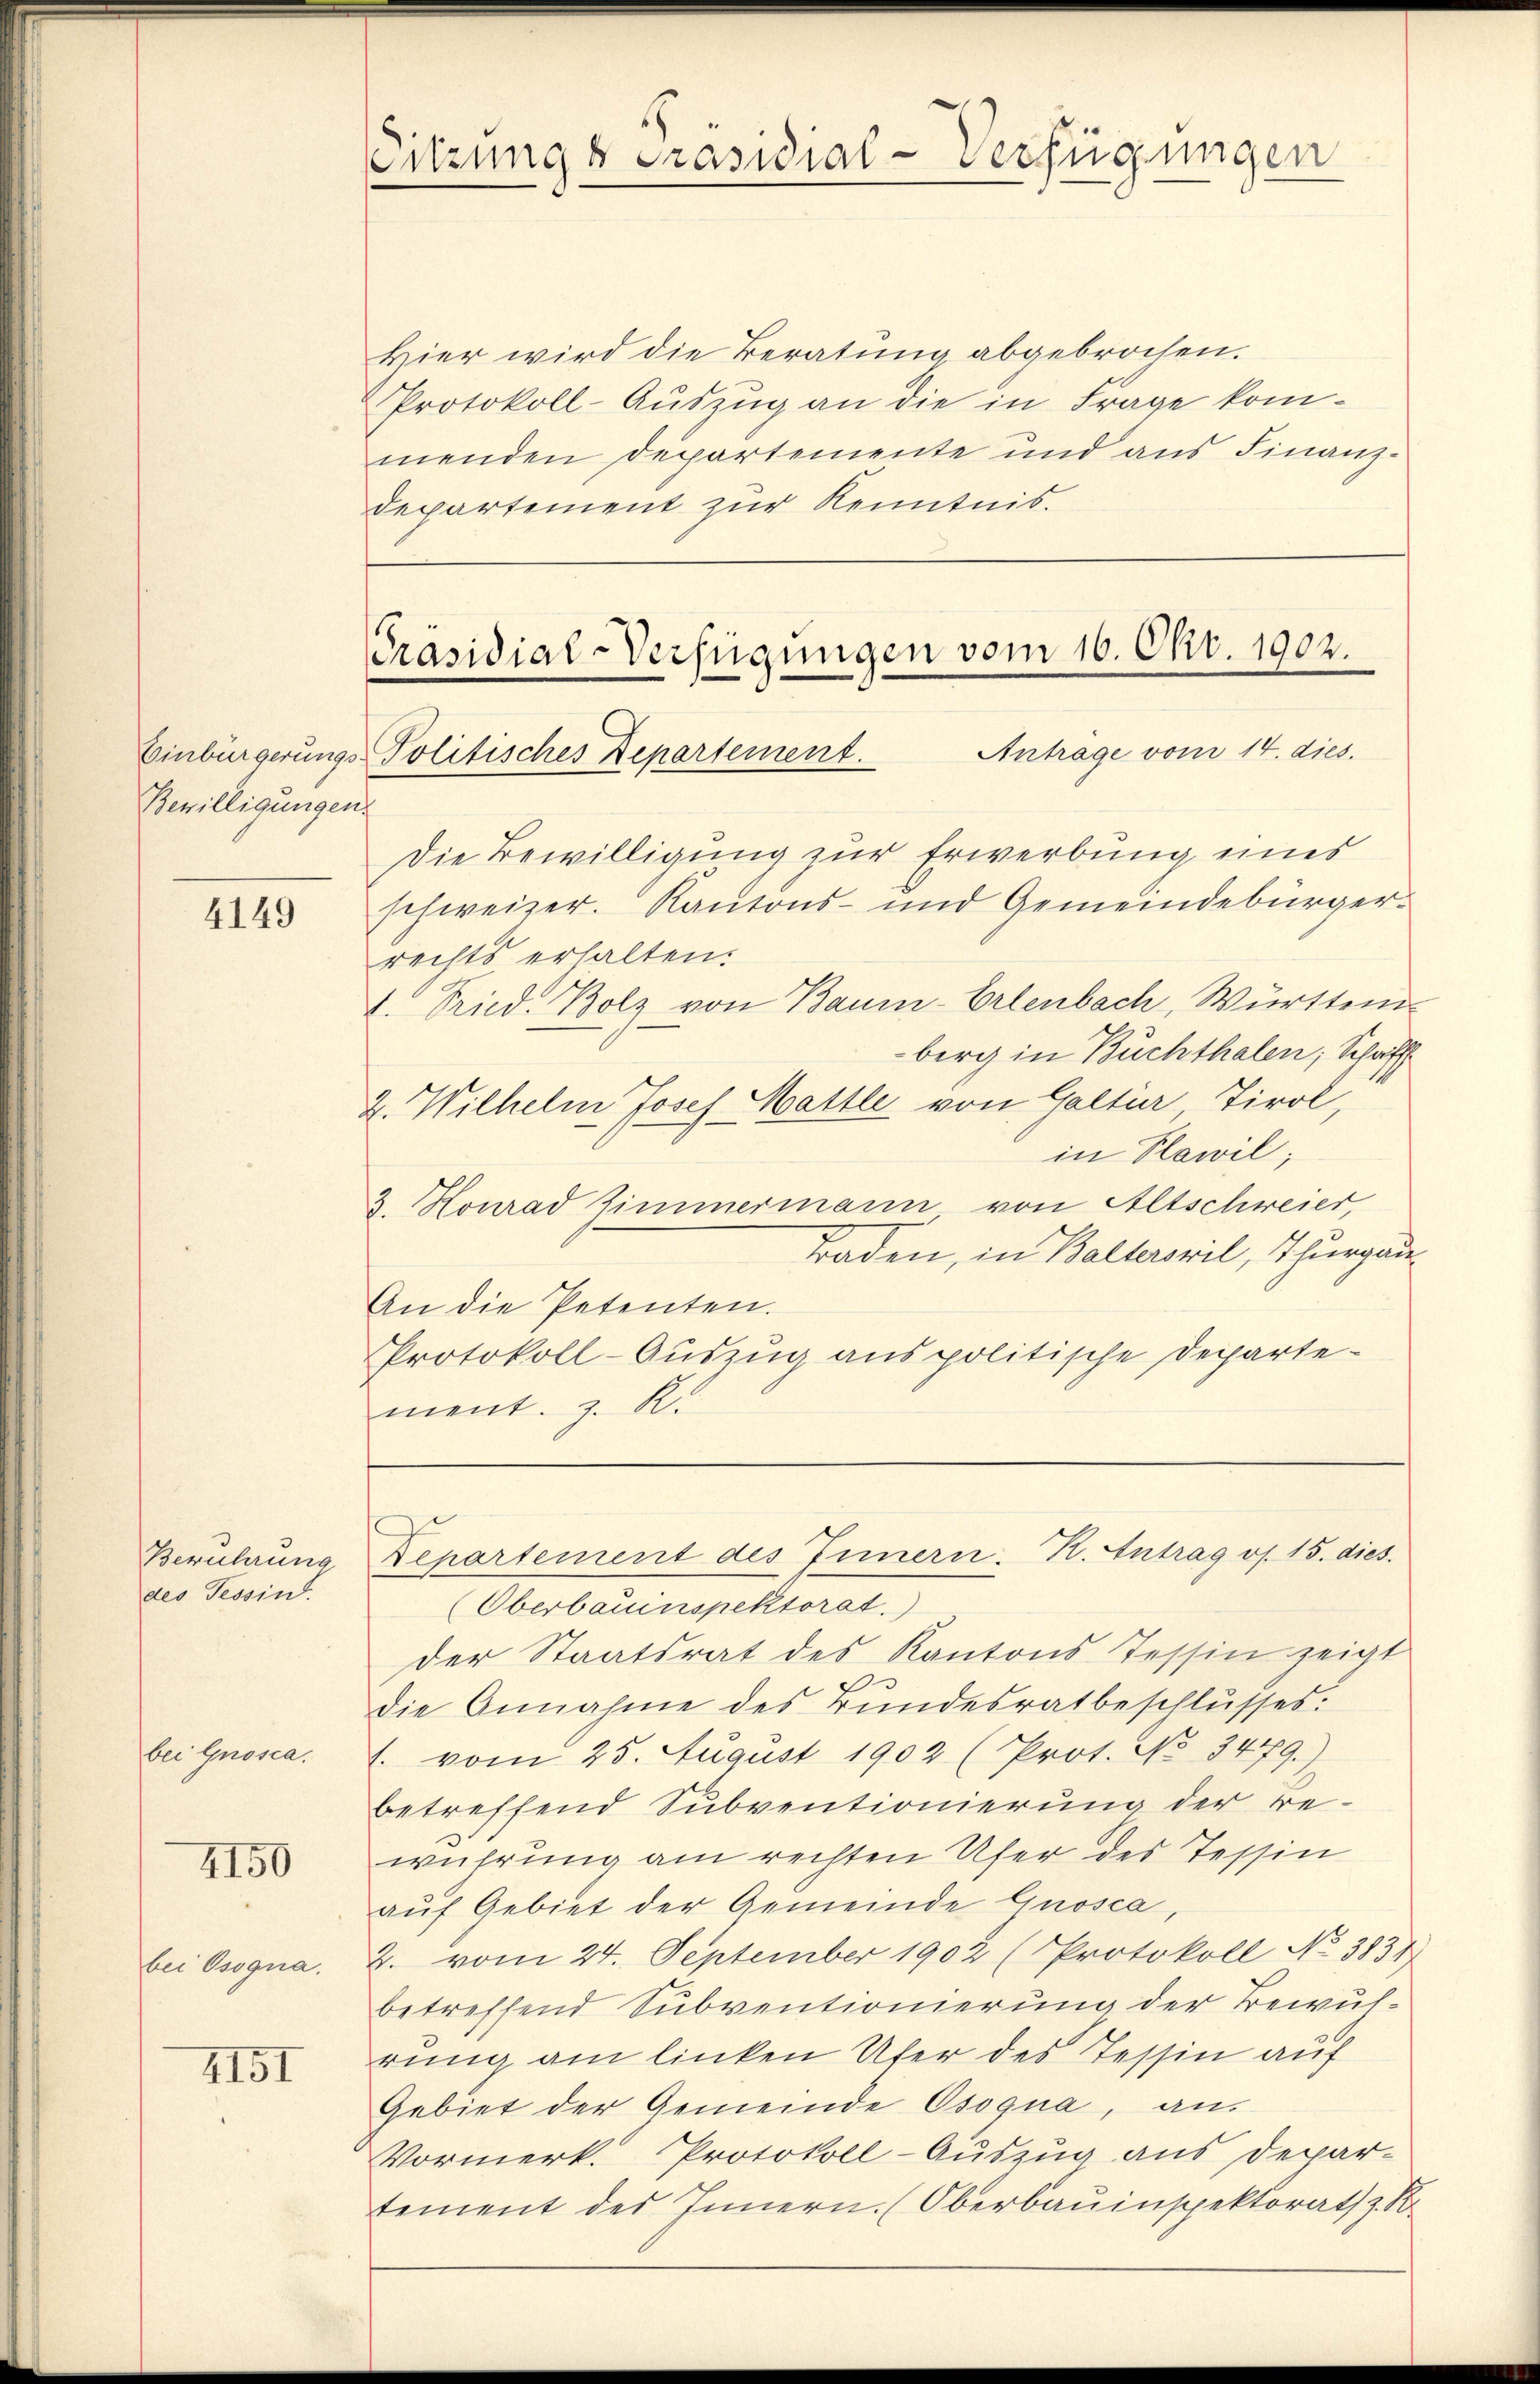
Bewilligungen.

4149

Berührung
des Tessin

bei Gnosca.

4150

bei Osogna.

4151

Hier wird die Beratung abgebrochen.
Protokoll-Auszug an die in Frage kommenden Departemente und aus Finanz-
Departement zur Kenntnis.

Eitzungs Präsidial-Verfügungen

Präsidial-Verfügungen vom 16. Okt. 1902.
Einbürgerungs-Politisches Departement. Antrage vom 14. dies.

Die Bewilligung zur Erwerbung eines
schweizer. Kantons- und Gemeindebürgerrechts erhalten.
V. Tried. Bolz von Baum-Erlenbach, Württemberg in Buchthalen; Schaffh
2. Wilhelm Josef Mattle von Galtier, Tirol,
in Plawil;
3. Konrad Zimmermann von Altschweier,
Traden, in Balterswil, Thurgaue
An die Petenten.
Protokoll-Auszug aus politische Departement. z. R.
Departement des Innern. K. Antrag os. 15. dies
Oberbauenspektorat.)
der Staatsrat des Kantons Tessin zeigt
die Annahme des Bundesratbeschlŭsses.
E. vom 25. August 1902 (Prot. No 3479.)
betreffend Subventionierung der rewuhrung am rechten Ufer des Tessin
auf Gebiet der Gemeinde Grosca,
2. vom 24. September 1902 (Protokoll No 3834)
betreffend Subventionierung der Bewulrung am linken Ufer des Tessin auf
Gebiet der Gemeinde Osoqua, an.
Vormerk. Protokoll-Auszug aus Depar-
tement des Innern. (Oberbauinspektorath z. B.